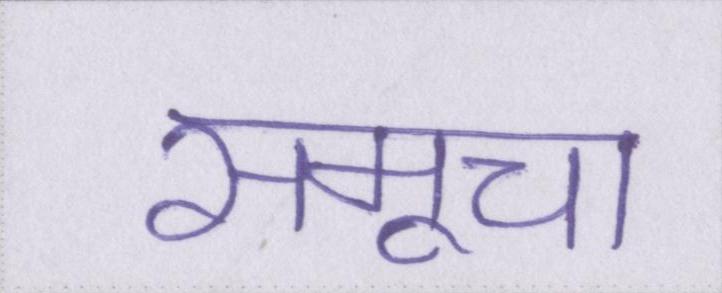
समूचा